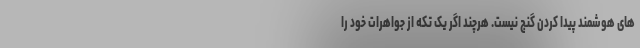
های هوشمند پیدا کردن گنج نیست. هرچند اگر یک تکه از جواهرات خود را